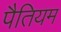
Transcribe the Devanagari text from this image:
पैतियम